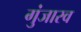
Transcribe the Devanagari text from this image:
गुंजारव